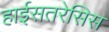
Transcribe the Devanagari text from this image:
हाईसतरेसिस